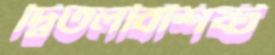
দ্বিতলবিশিষ্ট